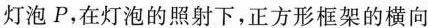
灯泡P，在灯泡的照射下，正方形框架的横向